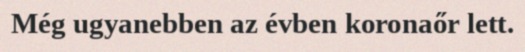
Még ugyanebben az évben koronaőr lett.